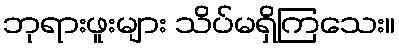
ဘုရားဖူးများ သိပ်မရှိကြသေး။